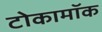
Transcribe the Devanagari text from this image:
टोकामॉक